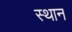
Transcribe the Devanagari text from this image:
स्‍थान